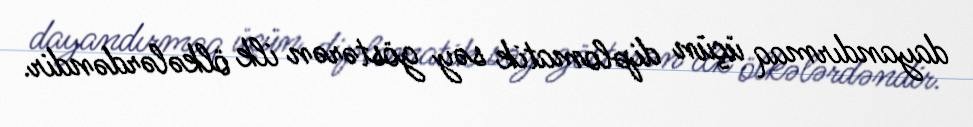
dayandırmaq üçün diplomatik səy göstərən ilk ölkələrdəndir.